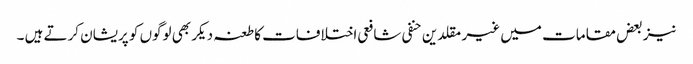
نیز بعض مقامات میں غیر مقلدین حنفی شافعی اختلافات کا طعنہ دیکر بھی لوگوں کو پریشان کرتے ہیں ۔